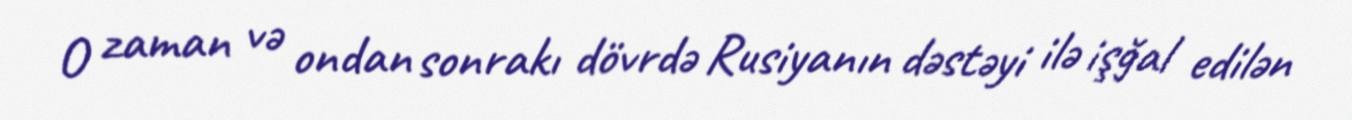
O zaman və ondan sonrakı dövrdə Rusiyanın dəstəyi ilə işğal edilən